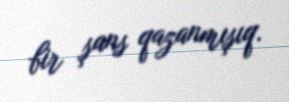
bir şans qazanmışıq.